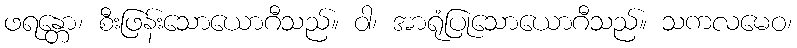
ဖရန္တော၊ စီးဖြန်းသောယောဂီသည်။ ဝါ၊ အာရုံပြုသောယောဂီသည်။ သကလမေဝ၊